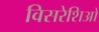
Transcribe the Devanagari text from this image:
विसरेशिओ